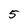
Character: 5